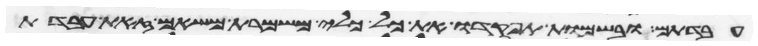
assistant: עבדתם ובשמות תפקדו את כל כלי משמרת משאם זאת עבדת